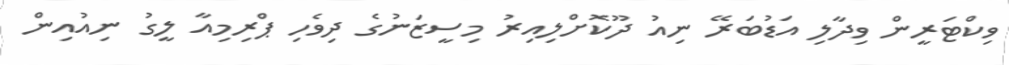
ވިކްޓަރީން ވިދާލި އަޑުބަރޭ ނިއު ދޫކޮށްލިއިރު މިސީޒަނުގެ ދިވެހި ޕްރިމިއާ ލީގު ނިއުއިން